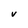
Character: v